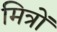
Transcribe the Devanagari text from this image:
मित्रोंं